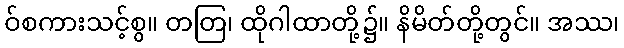
ဝ်စကားသင့်စွ။ တတြ၊ ထိုဂါထာတို့၌။ နိမိတ်တို့တွင်။ အဿ၊